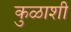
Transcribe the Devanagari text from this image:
कुळाशी